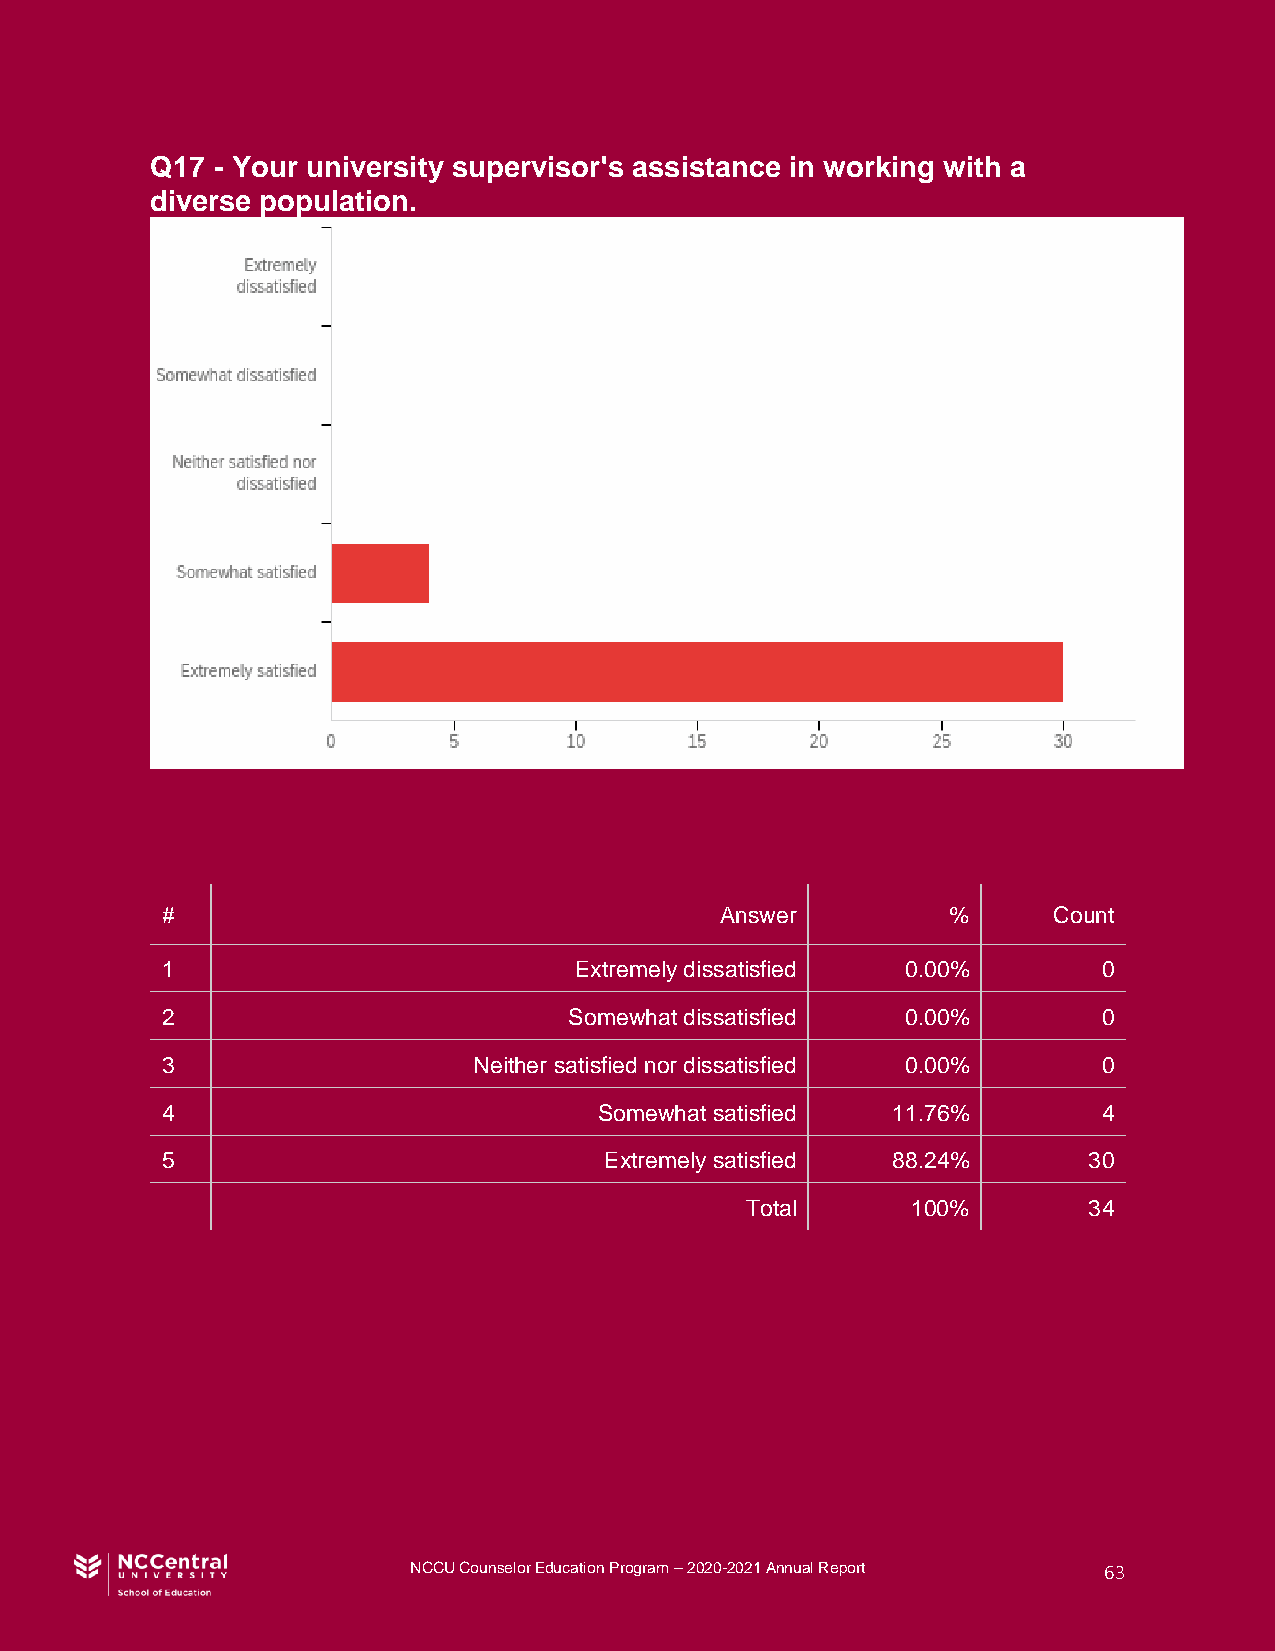
Q17 - Your university supervisor's assistance in working with a
 diverse population.
 #                                    Answer         %      Count
 1                          Extremely dissatisfied 0.00%       0
 2                          Somewhat dissatisfied 0.00%        0
 3                   Neither satisfied nor dissatisfied 0.00%  0
 4                            Somewhat satisfied 11.76%        4
 5                            Extremely satisfied 88.24%      30
 Total      100%        34
 NCCU Counselor Education Program – 2020-2021 Annual Report 63